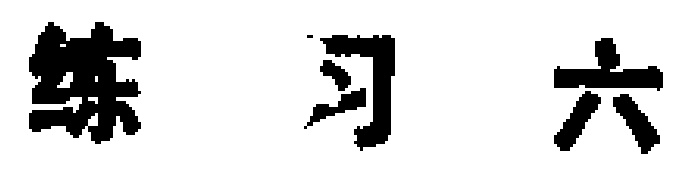
练习六